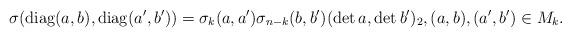
LaTeX: \begin{align*}\sigma(\mathrm{diag}(a,b),\mathrm{diag}(a',b'))=\sigma_{k}(a,a')\sigma_{n-k}(b,b')(\det{a},\det{b'})_2,(a,b),(a',b')\in M_k.\end{align*}